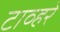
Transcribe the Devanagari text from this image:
टाव्हरे